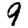
Digit: 9